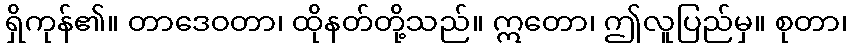
ရှိကုန်၏။ တာဒေဝတာ၊ ထိုနတ်တို့သည်။ ဣတော၊ ဤလူပြည်မှ။ စုတာ၊